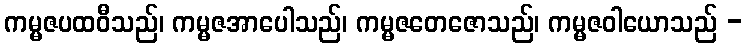
ကမ္မဇပထဝီသည်၊ ကမ္မဇအာပေါသည်၊ ကမ္မဇတေဇောသည်၊ ကမ္မဇဝါယောသည် -